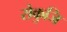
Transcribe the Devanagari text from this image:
रोकुजि